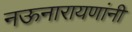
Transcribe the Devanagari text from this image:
नऊनारायणांनी